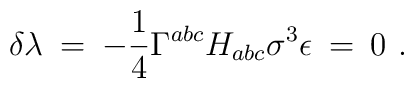
\delta \lambda \: = \:  - \frac{1}{4} \Gamma^{abc} H_{abc} \sigma^3  \epsilon \: = \: 0 \ .